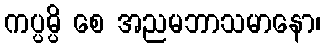
ကပ္ပမ္ပိ စေ အညမဘာသမာနော၊